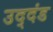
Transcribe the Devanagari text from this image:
उद्‌दंड